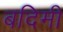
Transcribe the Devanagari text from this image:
बदिमी